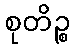
စုတိဉ္စ